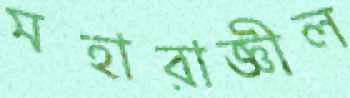
মহারাজ্ঞীল